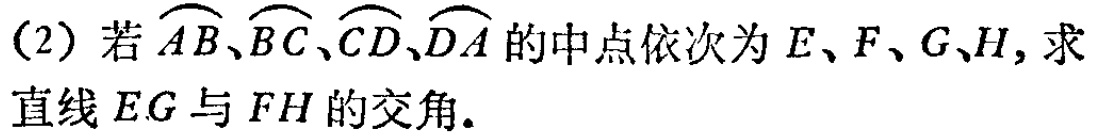
(2) 若\(\overset{\frown}{AB}、\overset{\frown}{BC}、\overset{\frown}{CD}、\overset{\frown}{DA}\)的中点依次为\(E、F、G、H\)，求直线\(EG\)与\(FH\)的交角.